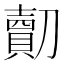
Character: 𠠔